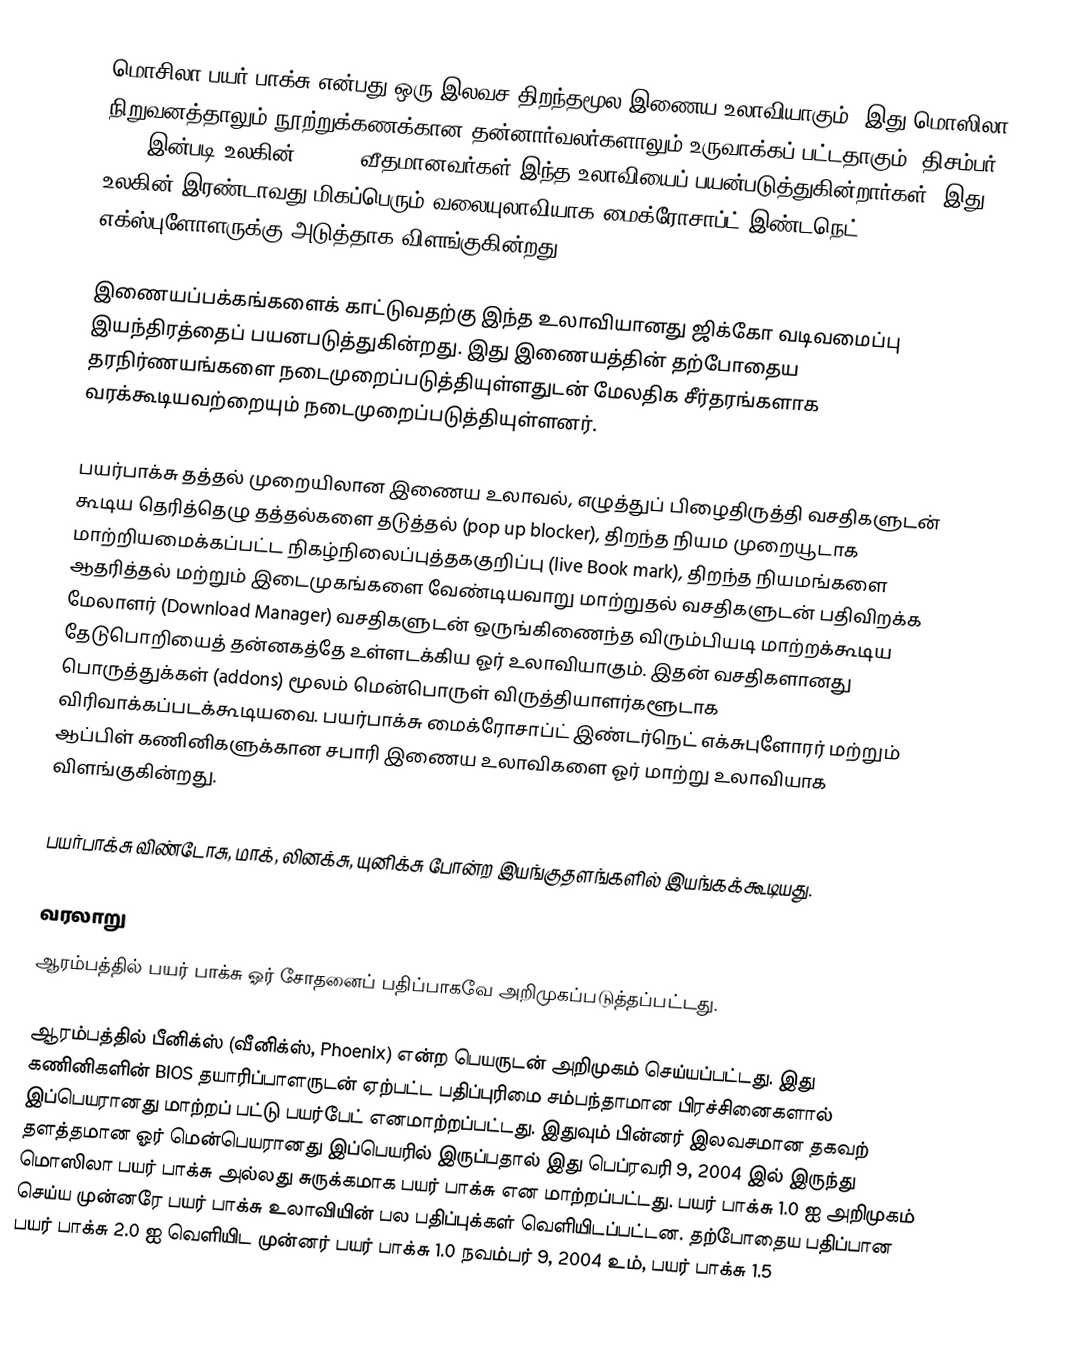
மொசிலா பயர் பாக்சு என்பது ஒரு இலவச திறந்தமூல இணைய உலாவியாகும். இது மொஸிலா நிறுவனத்தாலும் நூற்றுக்கணக்கான தன்னார்வலர்களாலும் உருவாக்கப் பட்டதாகும். திசம்பர் 2013 இன்படி உலகின் 18.35% வீதமானவர்கள் இந்த உலாவியைப் பயன்படுத்துகின்றார்கள். இது உலகின் இரண்டாவது மிகப்பெரும் வலையுலாவியாக மைக்ரோசாப்ட் இண்டநெட் எக்ஸ்புளோளருக்கு அடுத்தாக விளங்குகின்றது.

இணையப்பக்கங்களைக் காட்டுவதற்கு இந்த உலாவியானது ஜிக்கோ வடிவமைப்பு இயந்திரத்தைப் பயனபடுத்துகின்றது. இது இணையத்தின் தற்போதைய தரநிர்ணயங்களை நடைமுறைப்படுத்தியுள்ளதுடன் மேலதிக சீர்தரங்களாக வரக்கூடியவற்றையும் நடைமுறைப்படுத்தியுள்ளனர்.

பயர்பாக்சு தத்தல் முறையிலான இணைய உலாவல், எழுத்துப் பிழைதிருத்தி வசதிகளுடன் கூடிய தெரித்தெழு தத்தல்களை தடுத்தல் (pop up blocker),  திறந்த நியம முறையூடாக மாற்றியமைக்கப்பட்ட நிகழ்நிலைப்புத்தககுறிப்பு (live Book mark), திறந்த நியமங்களை ஆதரித்தல் மற்றும் இடைமுகங்களை வேண்டியவாறு மாற்றுதல் வசதிகளுடன் பதிவிறக்க மேலாளர் (Download Manager) வசதிகளுடன் ஒருங்கிணைந்த விரும்பியடி மாற்றக்கூடிய தேடுபொறியைத் தன்னகத்தே உள்ளடக்கிய ஓர் உலாவியாகும். இதன் வசதிகளானது பொருத்துக்கள் (addons) மூலம் மென்பொருள் விருத்தியாளர்களூடாக விரிவாக்கப்படக்கூடியவை.  பயர்பாக்சு மைக்ரோசாப்ட் இண்டர்நெட் எக்சுபுளோரர் மற்றும் ஆப்பிள் கணினிகளுக்கான சபாரி இணைய உலாவிகளை  ஓர் மாற்று உலாவியாக விளங்குகின்றது.

பயர்பாக்சு விண்டோசு, மாக், லினக்சு, யுனிக்சு போன்ற இயங்குதளங்களில் இயங்கக்கூடியது.

வரலாறு
ஆரம்பத்தில் பயர் பாக்சு ஓர் சோதனைப் பதிப்பாகவே அறிமுகப்படுத்தப்பட்டது.

ஆரம்பத்தில் பீனிக்ஸ் (வீனிக்ஸ், Phoenix) என்ற பெயருடன் அறிமுகம் செய்யப்பட்டது. இது கணினிகளின் BIOS தயாரிப்பாளருடன் ஏற்பட்ட பதிப்புரிமை சம்பந்தாமான பிரச்சினைகளால் இப்பெயரானது மாற்றப் பட்டு பயர்பேட் எனமாற்றப்பட்டது. இதுவும் பின்னர் இலவசமான தகவற் தளத்தமான ஓர் மென்பெயரானது இப்பெயரில் இருப்பதால் இது பெப்ரவரி 9, 2004 இல் இருந்து  மொஸிலா பயர் பாக்சு அல்லது சுருக்கமாக பயர் பாக்சு என மாற்றப்பட்டது. பயர் பாக்சு 1.0 ஐ அறிமுகம் செய்ய முன்னரே பயர் பாக்சு உலாவியின் பல பதிப்புக்கள் வெளியிடப்பட்டன. தற்போதைய பதிப்பான பயர் பாக்சு 2.0 ஐ வெளியிட முன்னர் பயர் பாக்சு 1.0 நவம்பர் 9, 2004 உம், பயர் பாக்சு 1.5